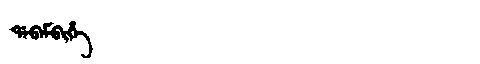
Manchu: ᡩᠠᠪᠠᠮᠪᡳᡥᡝ
Romanization: DABAMBIHE